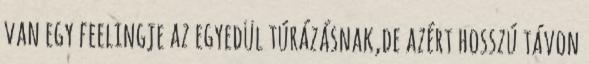
van egy feelingje az egyedül túrázásnak,de azért hosszú távon